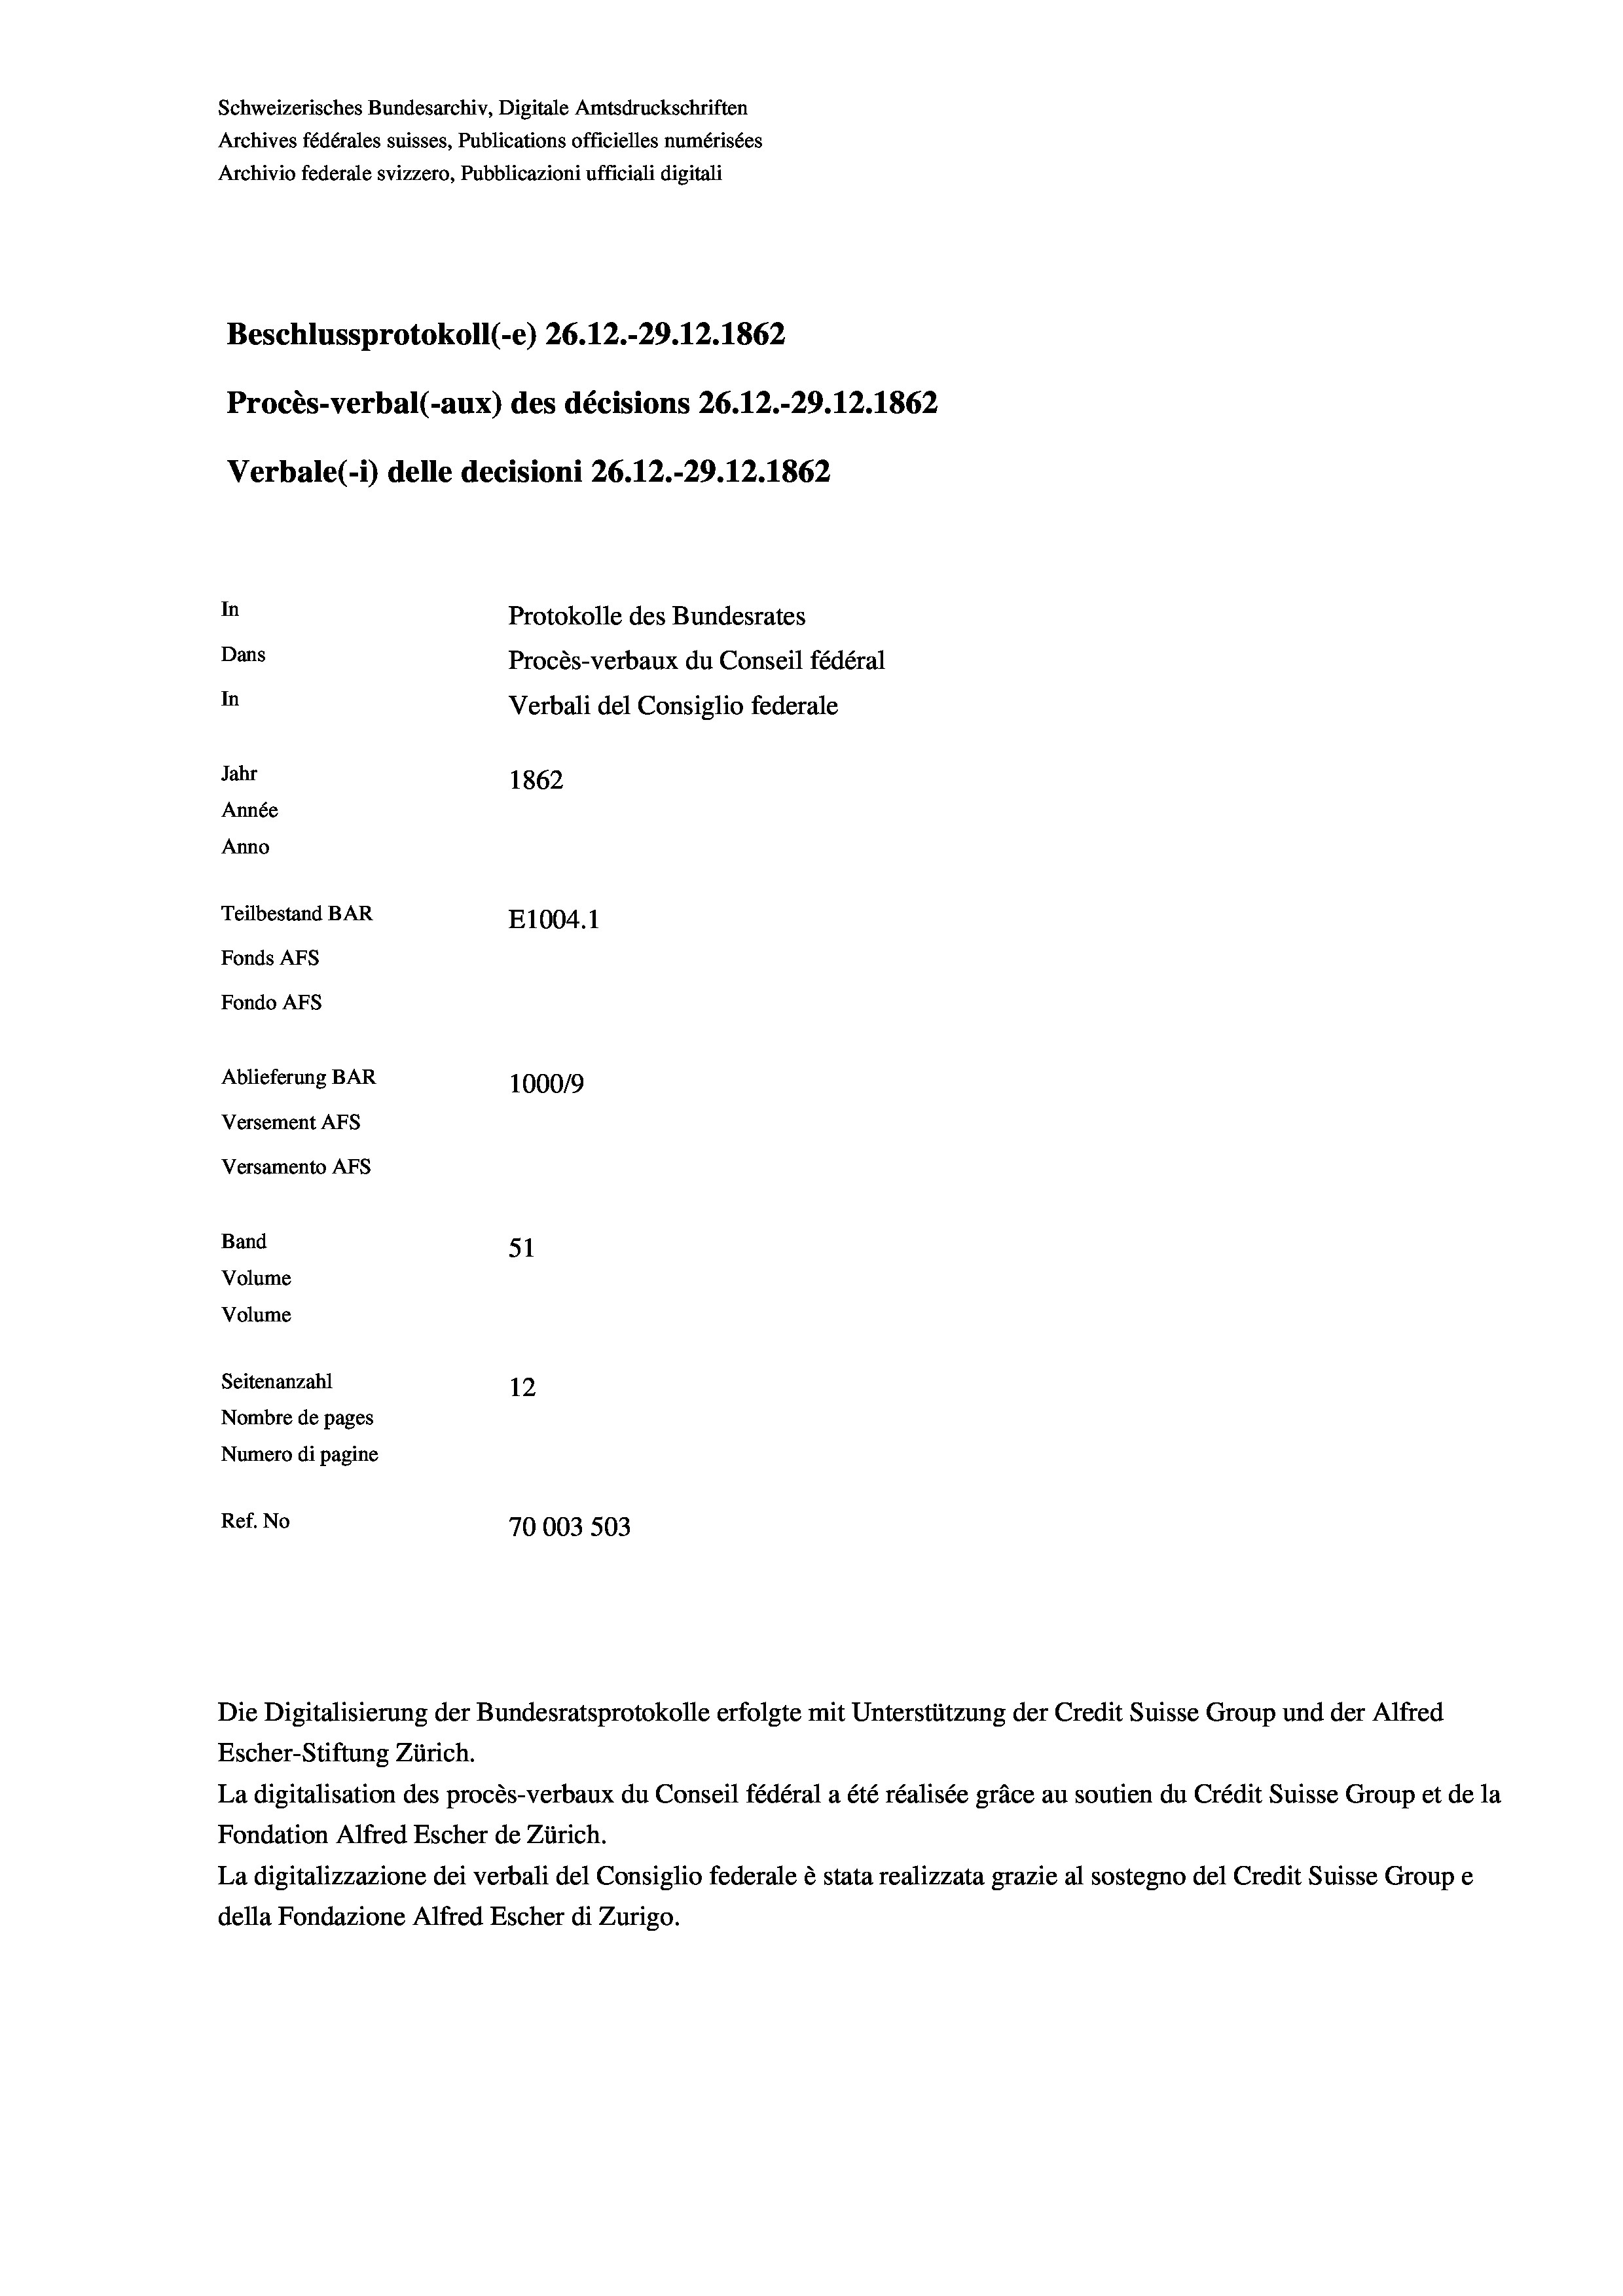
Schweizerisches Bundesarchiv, Digitale Amtsdruckschriften
Archives fédérales suisses, Publications officielles numérisées
Archivio federale svizzero, Pubblicazioni ufficiali digitali

In

Beschlussprotokoll (-e) 26.12.-29.12.1862
Procès-verbal (-aux) des décisions 26.12.-29.12.1862
Verbale (i) delle decisioni 26.12.-29. 12. 1862

Versamento Afs
Band

Protokolle des Bundesrates
Dans
In
Jahr
1862
Année
Anno
Teilbestand BAR
E1004. 1
Fonds AFs
Fondo AFS
Ablieferung BAR
1000/9
Versement AFs

51
Volume
Volume
Seitenanzahl
12
Nombre de pages
Numero di pagine
Ref. No
70003 503

Procès-verbaux du Conseil fédéral
Verbali del Consiglio federale

Die Digitalisierung der Bundesratsprotokolle erfolgte mit Unterstützung der Credit Suisse Group und der Alfred

Escher-Stiftung Zürich.
La digitalisation des procès-verbaux du Conseil fédéral a été réalisée gräce au soutien du Crédit Suisse Group et de la
Fondation Alfred Escher de Zürich.
La digitalizzazione dei verbali del Consiglio federale è stata realizzata grazie al sostegno del Credit Suisse Groupe
della Fondazione Alfred Escher di Zurigo.